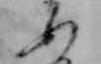
ぬ